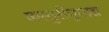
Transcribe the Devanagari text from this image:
कस्तुरीमृगाद्य